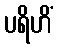
ပရိဟိံ